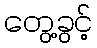
တွေ့ခွင့်